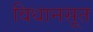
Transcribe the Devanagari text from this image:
विधानसूत